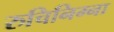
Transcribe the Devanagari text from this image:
रुचिनिम्ना